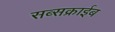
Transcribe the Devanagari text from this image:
सब्सक्राईब